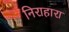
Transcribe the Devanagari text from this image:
निराहारा